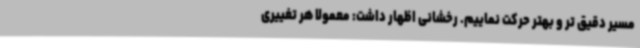
مسیر دقیق تر و بهتر حرکت نماییم. رخشانی اظهار داشت: معمولاً هر تغییری